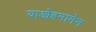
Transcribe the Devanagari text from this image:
याओहनानेन